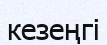
кезеңгі